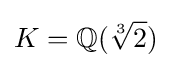
K=\mathbb {Q} ({\sqrt[{3}]{2}})